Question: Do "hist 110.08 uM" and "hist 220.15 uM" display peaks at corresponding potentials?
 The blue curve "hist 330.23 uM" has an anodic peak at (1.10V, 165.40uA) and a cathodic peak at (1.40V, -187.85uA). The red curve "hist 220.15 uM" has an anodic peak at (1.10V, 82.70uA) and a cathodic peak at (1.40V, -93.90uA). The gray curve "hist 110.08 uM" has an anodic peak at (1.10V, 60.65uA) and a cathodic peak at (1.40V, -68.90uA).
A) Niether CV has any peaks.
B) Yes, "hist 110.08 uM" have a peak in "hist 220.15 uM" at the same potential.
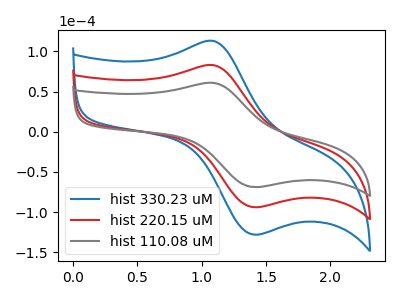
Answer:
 <answer>B) Yes, "hist 110.08 uM" have a peak in "hist 220.15 uM" at the same potential.</answer>
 <eval>B</eval>